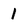
Character: 1